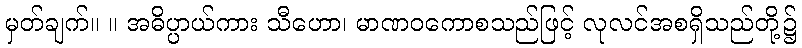
မှတ်ချက်။ ။ အဓိပ္ပာယ်ကား သီဟော၊ မာဏဝကောစသည်ဖြင့် လုလင်အစရှိသည်တို့၌